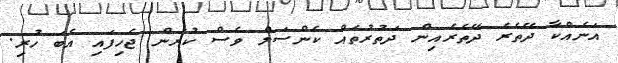
އަނެއްކާ ދޭތެރެ ދޭތެރެއިން ދަތުރުތައް ކެންސަލް ވެސް ކުރަން ޖެހިފައި އެބަ ހުރި.